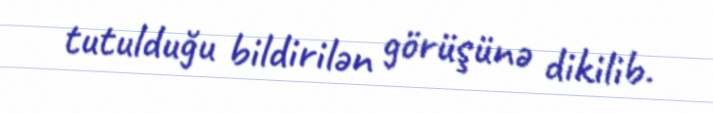
tutulduğu bildirilən görüşünə dikilib.